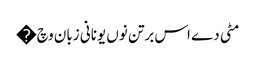
مٹی دے اس برتن نوں یونانی زبان وچ �